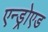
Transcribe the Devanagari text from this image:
एन्ड्रोएड